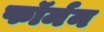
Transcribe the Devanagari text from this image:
फॉर्मन